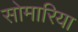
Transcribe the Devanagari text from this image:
सोमारिया